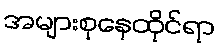
အများစုနေထိုင်ရာ